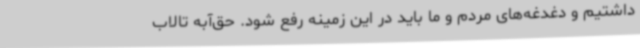
داشتیم و دغدغه‌های مردم و ما باید در این زمینه رفع شود. حق‌آبه تالاب